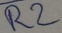
Text: R2